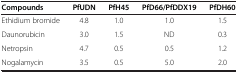
| Compounds | PfUDN | PfH45 | PfD66/PfDDX19 | PfDH60 |
 | --- | --- | --- | --- | --- |
 | Ethidium bromide | 4.8 | 1.0 | 1.0 | 1.5 |
 | Daunorubicin | 3.0 | 1.5 | ND | 0.3 |
 | Netropsin | 4.7 | 0.5 | 0.5 | 1.2 |
 | Nogalamycin | 3.5 | 0.5 | 5.0 | 2.0 |